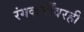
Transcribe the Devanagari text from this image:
रंगकर्मींवरही